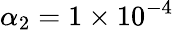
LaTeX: \alpha_{2}=1\times{10}^{-4}